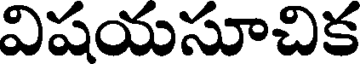
విషయసూచిక